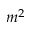
m ^ { 2 }